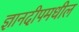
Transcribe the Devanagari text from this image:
ज्ञानदीपमधील